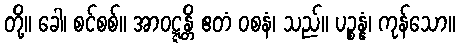
တို့။ ခေါ၊ စင်စစ်။ အာဝဋ္ဋန္တိ ဧတံ ဝစနံ၊ သည်။ ပဉ္စန္နံ၊ ကုန်သော။